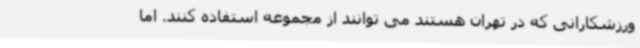
ورزشکارانی که در تهران هستند می توانند از مجموعه استفاده کنند. اما